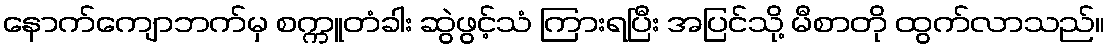
နောက်ကျောဘက်မှ စက္ကူတံခါး ဆွဲဖွင့်သံ ကြားရပြီး အပြင်သို့ မီစာတို ထွက်လာသည်။